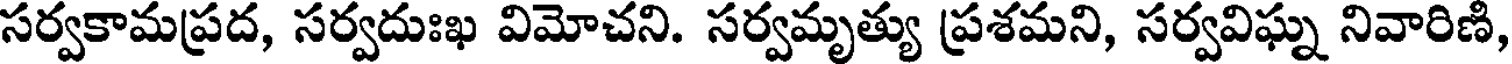
సర్వకామప్రద, సర్వదుఃఖ విమోచని. సర్వమృత్యు ప్రశమని, సర్వవిఘ్న నివారిణి,